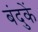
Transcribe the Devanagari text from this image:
बंदुकें